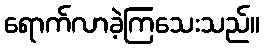
ရောက်လာခဲ့ကြသေးသည်။